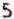
5